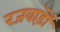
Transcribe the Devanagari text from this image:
रजवाड़ॊं